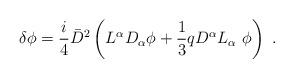
LaTeX: \begin{align*}\delta\phi=\frac{i}{4}{\bar D}^2\left( L^\alpha D_\alpha\phi+\frac{1}{3} qD^\alpha L_\alpha\ \phi\right)\ .\end{align*}